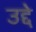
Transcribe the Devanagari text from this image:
उद्दे